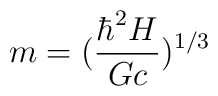
m = (\frac{\hbar^2 H}{Gc})^{1/3}